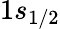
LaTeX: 1s_{1/2}